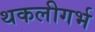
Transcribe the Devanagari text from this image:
थकलीगर्भ